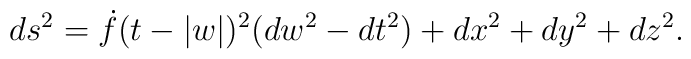
ds^2=\dot{f}(t-|w|)^2(dw^2-dt^2)+dx^2+dy^2+dz^2 .